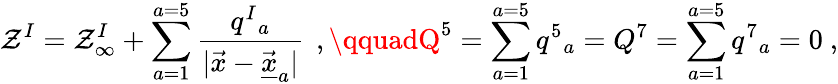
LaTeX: \mathcal{Z}^{I}=\mathcal{Z}_{\infty}^{I}+\sum_{a=1}^{a=5}{\frac{{q^{I}{}_{a}}}{{|\vec{{x}}-\vec{{\underline{{{{x}}}}}}_{a}|}}}\, \ ,\qquadQ^{5}=\sum_{a=1}^{a=5}q^{5}{}_{a}=Q^{7}=\sum_{a=1}^{a=5}q^{7}{}_{a}=0\ ,